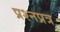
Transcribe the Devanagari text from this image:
प्रश्नप्रत्र